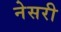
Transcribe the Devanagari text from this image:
नेसरी